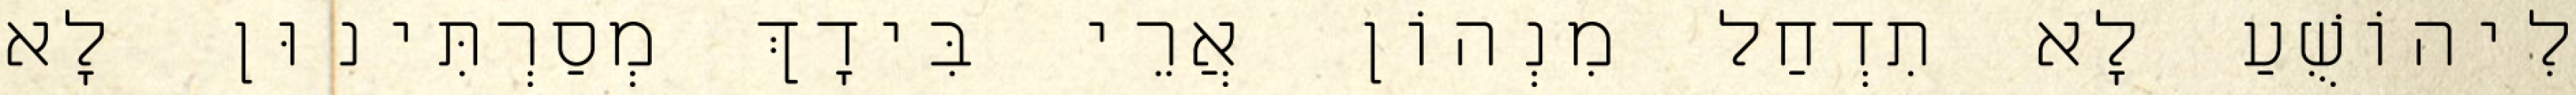
לִיהוֹשֻׁעַ לָא תִדְחַל מִנְהוֹן אֲרֵי בִּידָךְ מְסַרְתִּינוּן לָא